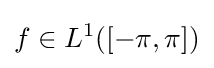
f\in L^{1}([-\pi ,\pi ])